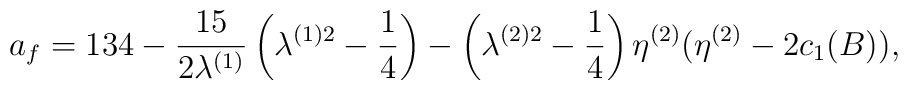
a_{f}= 134-\frac{15}{2\lambda^{(1)}}\left(\lambda^{(1)2}-\frac{1}{4}\right)-\left(\lambda^{(2)2}-\frac{1}{4}\right)\eta^{(2)}(\eta^{(2)}-2c_{1}(B)),